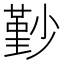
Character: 㝻